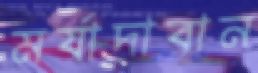
মর্যাদাবান